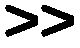
>>